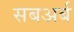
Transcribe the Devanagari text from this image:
सबअर्ब